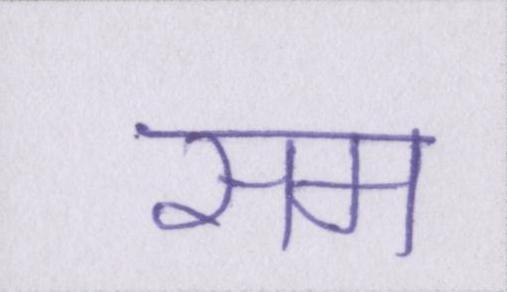
सम